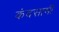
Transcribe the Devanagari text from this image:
कंदसामी